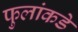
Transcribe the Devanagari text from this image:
फुलांकडे